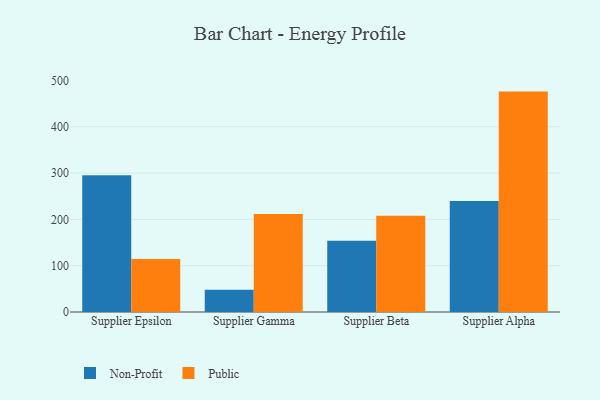
{"axis": {"x": "Supplier", "y": "Population (Million)"}, "legend": ["Non-Profit", "Public"], "data": [{"x": "Supplier Epsilon", "y": 295.5, "type": "Non-Profit"}, {"x": "Supplier Epsilon", "y": 114.4, "type": "Public"}, {"x": "Supplier Gamma", "y": 48.3, "type": "Non-Profit"}, {"x": "Supplier Gamma", "y": 211.6, "type": "Public"}, {"x": "Supplier Beta", "y": 154.1, "type": "Non-Profit"}, {"x": "Supplier Beta", "y": 207.9, "type": "Public"}, {"x": "Supplier Alpha", "y": 239.5, "type": "Non-Profit"}, {"x": "Supplier Alpha", "y": 475.9, "type": "Public"}]}